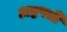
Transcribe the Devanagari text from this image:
अष्टपत्री